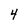
Character: 4